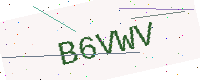
Text: B6VWV